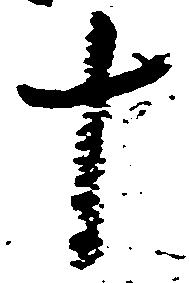
十